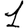
Digit: 1